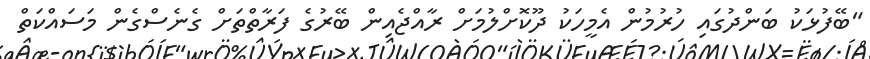
"ބޭފުޅަކު ބަންދުގައި ހުރުމުން އެމީހަކު ދޫކޮށްލުމަށް ރާއްޖެއިން ބޭރުގެ ފަރާތްތަށް ގެނެސްގެން މަސައްކަތް